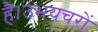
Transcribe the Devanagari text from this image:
है।उभयचरों